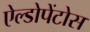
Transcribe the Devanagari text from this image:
ऐल्डोपेंटोस